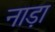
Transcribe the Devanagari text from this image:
नाड़ा